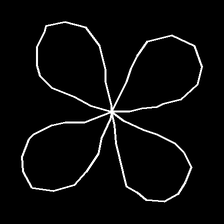
Glyph: billowing